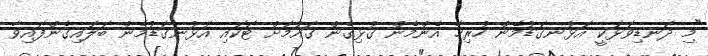
"މި ދަނޑިވަޅަކީ އަޅުނގަޑުމެން ހުރިހާ އެންމެން ގުޅިގެން ގައުމަށް ޓަކައި އަޅުނގަޑުމެން ބަލައިގެންފައިވާ